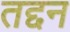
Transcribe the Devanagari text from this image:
तद्दन